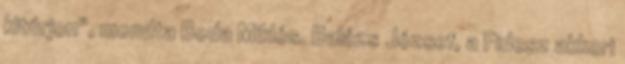
kitúrjon", mondta Boda Miklós. Balázs József, a Fidesz akkori